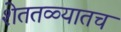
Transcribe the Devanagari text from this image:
शेततळ्यातच